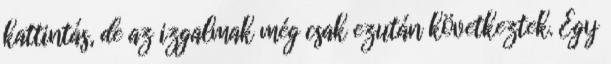
kattintás, de az izgalmak még csak ezután következtek. Egy